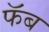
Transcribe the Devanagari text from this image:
फॅब